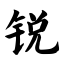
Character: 锐